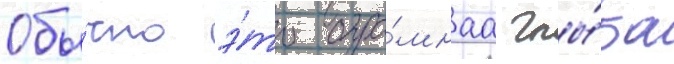
Обы́чно э́то огро́мнаа глы́ба